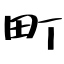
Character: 町